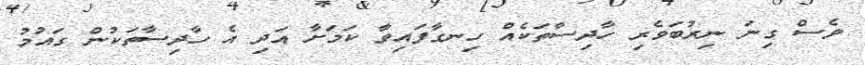
ވެސް ގިނަ ނިރުބަވެރި ހާދިސާތަކެއް ހިނގާފައިވާ ކަމަށާ އަދި އެ ހާދިސާތަކުން ގައުމު